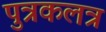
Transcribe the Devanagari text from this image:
पुत्रकलत्र